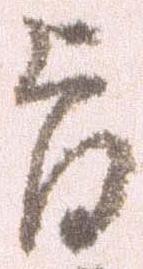
旨